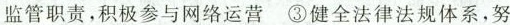
监管职责，积极参与网络运营 ③健全法律法规体系，努